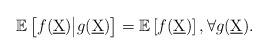
LaTeX: \begin{align*}\mathbb{E}\left[f(\underbar{X}) \big | g(\underbar{X}) \right] & = \mathbb{E}\left[f(\underbar{X}) \right], \forall g(\underbar{X}) . \end{align*}